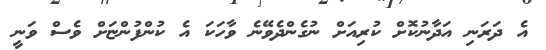
އެ ދަރަނި އަދާނުކޮށް ކުރިއަށް ނުގެންދެވޭނެ ވާހަކަ އެ ކުންފުންޏަށް ވެސް ވަނީ